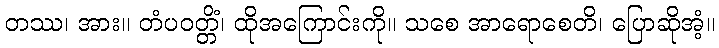
တဿ၊ အား။ တံပဝတ္တိံ၊ ထိုအကြောင်းကို။ သစေ အာရောစေတိ၊ ပြောဆိုအံ့။